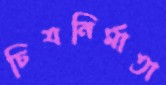
চিত্রনির্মাতা